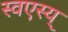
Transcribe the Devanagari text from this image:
स्वएस्य्